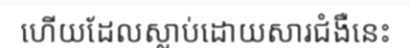
ហើយដែលស្លាប់ដោយសារជំងឺនេះ